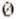
0